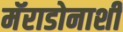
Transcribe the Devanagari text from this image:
मॅराडोनाशी